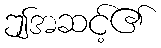
ဤအဆင့်၏